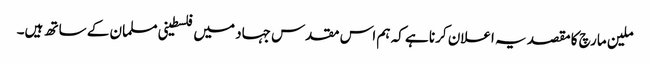
ملین مارچ کا مقصد یہ اعلان کرنا ہے کہ ہم اس مقدس جہاد میں فلسطینی مسلمان کے ساتھ ہیں۔